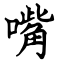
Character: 嘴